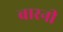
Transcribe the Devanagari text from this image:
बारनी